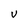
Character: U